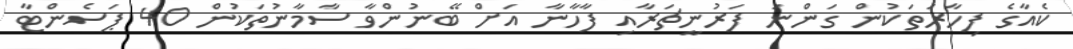
ކެއާގެ ފިހާރަތަކުން ގަންނަ ފަރުނީޗަރާއި ފާހާނާ އަށް ބޭނުންވާ ސާމާނުތަކުން 40 ޕަސެންޓާ